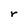
Character: r